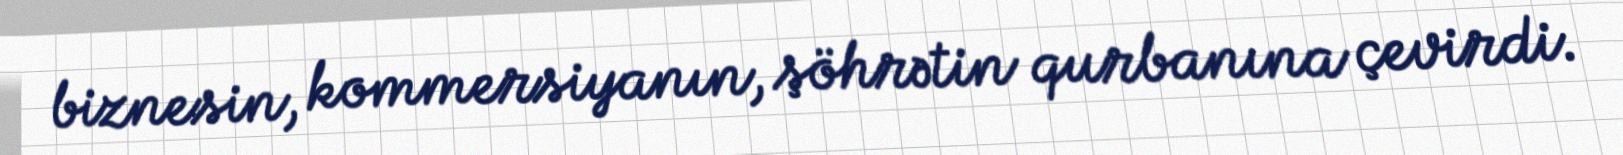
biznesin, kommersiyanın, şöhrətin qurbanına çevirdi.